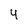
Character: 4